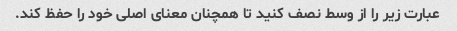
عبارت زیر را از وسط نصف کنید تا همچنان معنای اصلی خود را حفظ کند.